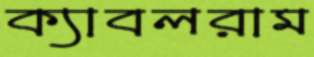
ক্যাবলরাম